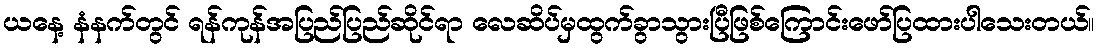
ယနေ့ နံနက်တွင် ရန်ကုန်အပြည်ပြည်ဆိုင်ရာ လေဆိပ်မှထွက်ခွာသွားပြီဖြစ်ကြောင်းဖော်ပြထားပါသေးတယ်။